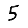
Digit: 5